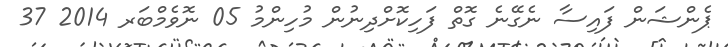
ޕެންޝަން ފައިސާ ނެގޭނެ ގޮތް ފަހިކޮށްދިނުން މުހިންމު 05 ނޮވެމްބަރ 2014 37